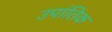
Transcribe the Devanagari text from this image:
उपांतिक